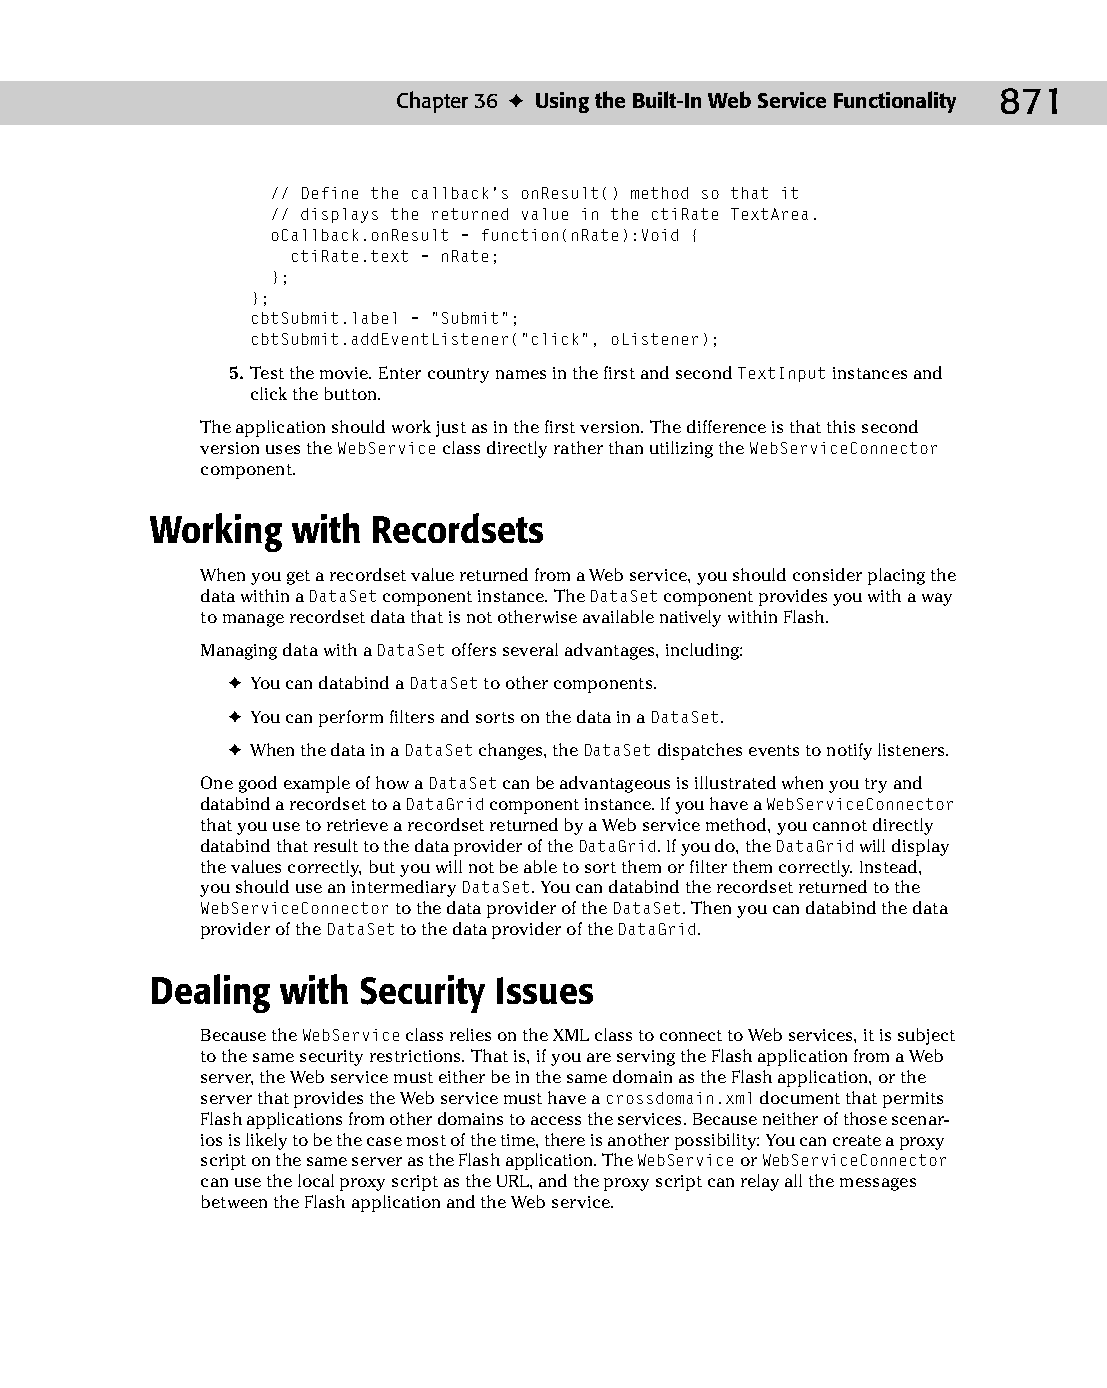
47 543547 ch36.qxd 3/24/04 4:15 PM Page 871
 Chapter 36 ✦ Using the Built-In Web Service Functionality 871
 // Define the callback’s onResult() method so that it
 // displays the returned value in the ctiRate TextArea.
 oCallback.onResult = function(nRate):Void {
 ctiRate.text = nRate;
 };
 };
 cbtSubmit.label = “Submit”;
 cbtSubmit.addEventListener(“click”, oListener);
 5. Test the movie. Enter country names in the first and second TextInput instances and
 click the button.
 The application should work just as in the first version. The difference is that this second
 version uses the WebService class directly rather than utilizing the WebServiceConnector
 component.
 Working  with  Recordsets
 When you get a recordset value returned from a Web service, you should consider placing the
 data within a DataSet component instance. The DataSet component provides you with a way
 to manage recordset data that is not otherwise available natively within Flash.
 Managing data with a DataSet offers several advantages, including:
 ✦ You can databind a DataSet to other components.
 ✦ You can perform filters and sorts on the data in a DataSet.
 ✦ When the data in a DataSet changes, the DataSet dispatches events to notify listeners.
 One good example of how a DataSet can be advantageous is illustrated when you try and
 databind a recordset to a DataGrid component instance. If you have a WebServiceConnector
 that you use to retrieve a recordset returned by a Web service method, you cannot directly
 databind that result to the data provider of the DataGrid. If you do, the DataGrid will display
 the values correctly, but you will not be able to sort them or filter them correctly. Instead,
 you should use an intermediary DataSet. You can databind the recordset returned to the
 WebServiceConnector to the data provider of the DataSet. Then you can databind the data
 provider of the DataSet to the data provider of the DataGrid.
 Dealing  with Security Issues
 Because the WebService class relies on the XML class to connect to Web services, it is subject
 to the same security restrictions. That is, if you are serving the Flash application from a Web
 server, the Web service must either be in the same domain as the Flash application, or the
 server that provides the Web service must have a crossdomain.xml document that permits
 Flash applications from other domains to access the services. Because neither of those scenar­
 ios is likely to be the case most of the time, there is another possibility: You can create a proxy
 script on the same server as the Flash application. The WebService or WebServiceConnector
 can use the local proxy script as the URL, and the proxy script can relay all the messages
 between the Flash application and the Web service.